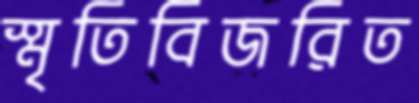
স্মৃতিবিজরিত